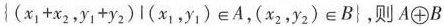
{ ( x _ { 1 } + x _ { 2 } ( y _ { 1 } + y _ { 2 } ) l ( x _ { 1 } , y _ { 1 } ) ∈ A$$,$$( x _ { 2 } , y _ { 2 } ) \in B }$$,则$$A\oplus B